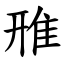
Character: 雃